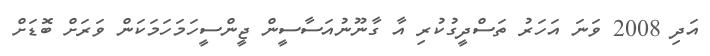
އަދި 2008 ވަނަ އަހަރު ތަސްދީގުކުރި އާ ގާނޫނުއަސާސީން ޖީންސީހަމަހަމަކަން ވަރަށް ބޮޑަށް